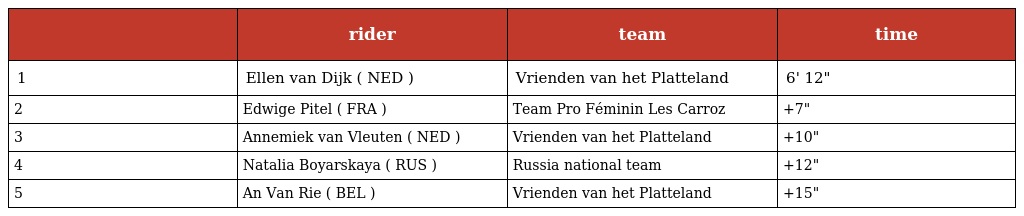
|  | rider | team | time |
 | --- | --- | --- | --- |
 | 1 | Ellen van Dijk ( NED ) | Vrienden van het Platteland | 6' 12" |
 | 2 | Edwige Pitel ( FRA ) | Team Pro Féminin Les Carroz | +7" |
 | 3 | Annemiek van Vleuten ( NED ) | Vrienden van het Platteland | +10" |
 | 4 | Natalia Boyarskaya ( RUS ) | Russia national team | +12" |
 | 5 | An Van Rie ( BEL ) | Vrienden van het Platteland | +15" |